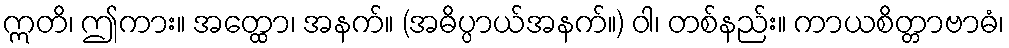
ဣတိ၊ ဤကား။ အတ္ထော၊ အနက်။ (အဓိပ္ပာယ်အနက်။) ဝါ၊ တစ်နည်း။ ကာယစိတ္တာဗာဓံ၊